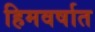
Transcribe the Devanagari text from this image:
हिमवर्षात